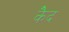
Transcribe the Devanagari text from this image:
कैेद